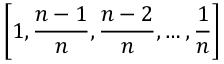
\left[ 1 , { \frac { n - 1 } { n } } , { \frac { n - 2 } { n } } , \dots , { \frac { 1 } { n } } \right]